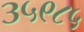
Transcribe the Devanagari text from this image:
३५९८५